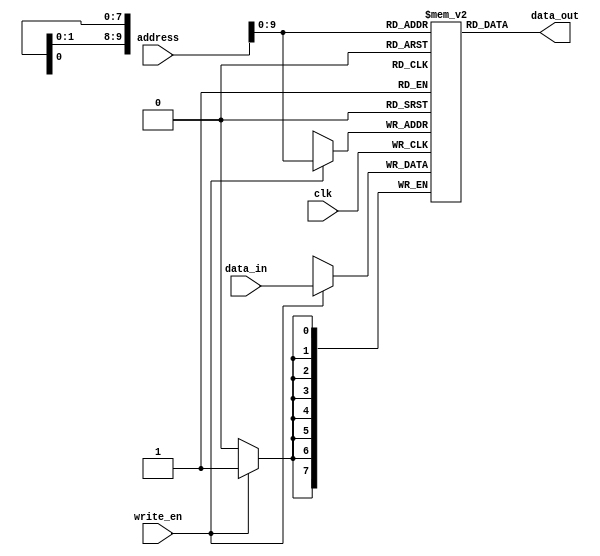
module data_memory(clk,address,data_in,data_out,write_en);
	input clk,write_en;
	input [0:15] address;
	input [0:7] data_in;
	output [0:7] data_out;
	reg [7:0] data_memory [1023:0];
	
	always @(posedge clk)
		begin
			if(write_en) data_memory[address]=data_in;
		end
	assign data_out=data_memory[address];
endmodule